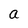
Character: a